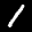
Label: 1